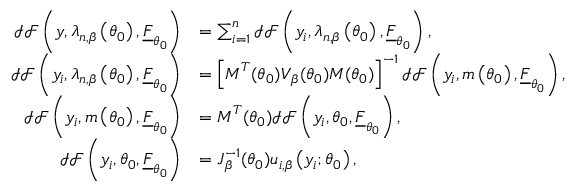
\begin{array} { r l } { \mathcal { I F } \left( \boldsymbol { y } , \boldsymbol { \lambda } _ { n , \beta } \left( \boldsymbol { \theta } _ { 0 } \right) , \underline { { F } } _ { \boldsymbol { \theta } _ { 0 } } \right) } & { = \sum _ { i = 1 } ^ { n } \mathcal { I F } \left( y _ { i } , \boldsymbol { \lambda } _ { n , \beta } \left( \boldsymbol { \theta } _ { 0 } \right) , \underline { { F } } _ { \boldsymbol { \theta } _ { 0 } } \right) , } \\ { \mathcal { I F } \left( y _ { i } , \boldsymbol { \lambda } _ { n , \beta } \left( \boldsymbol { \theta } _ { 0 } \right) , \underline { { F } } _ { \boldsymbol { \theta } _ { 0 } } \right) } & { = \left[ \boldsymbol { M } ^ { T } ( \boldsymbol { \theta } _ { 0 } ) \boldsymbol { V } _ { \beta } ( \boldsymbol { \theta } _ { 0 } ) \boldsymbol { M } ( \boldsymbol { \theta } _ { 0 } ) \right] ^ { - 1 } \mathcal { I F } \left( y _ { i } , \boldsymbol { m } \left( \boldsymbol { \theta } _ { 0 } \right) , \underline { { F } } _ { \boldsymbol { \theta } _ { 0 } } \right) , } \\ { \mathcal { I F } \left( y _ { i } , \boldsymbol { m } \left( \boldsymbol { \theta } _ { 0 } \right) , \underline { { F } } _ { \boldsymbol { \theta } _ { 0 } } \right) } & { = \boldsymbol { M } ^ { T } ( \boldsymbol { \theta } _ { 0 } ) \mathcal { I F } \left( y _ { i } , \boldsymbol { \theta } _ { 0 } , \underline { { F } } _ { \boldsymbol { \theta } _ { 0 } } \right) , } \\ { \mathcal { I F } \left( y _ { i } , \boldsymbol { \theta } _ { 0 } , \underline { { F } } _ { \boldsymbol { \theta } _ { 0 } } \right) } & { = \boldsymbol { J } _ { \beta } ^ { - 1 } ( \boldsymbol { \theta } _ { 0 } ) \boldsymbol { u } _ { i , \beta } \left( y _ { i } ; \boldsymbol { \theta } _ { 0 } \right) , } \end{array}